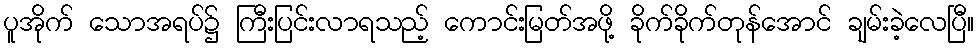
ပူအိုက် သောအရပ်၌ ကြီးပြင်းလာရသည့် ကောင်းမြတ်အဖို့ ခိုက်ခိုက်တုန်အောင် ချမ်းခဲ့လေပြီ။